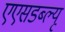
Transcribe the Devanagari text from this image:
एएसडब्ल्यू